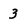
Character: 3